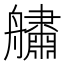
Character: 𦪺